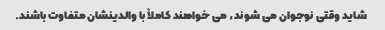
شاید وقتی نوجوان می شوند، می خواهند کاملاً با والدینشان متفاوت باشند.